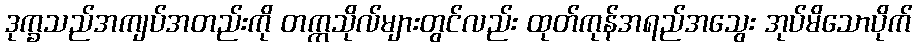
ဒုက္ခသည်အကျပ်အတည်းကို တက္ကသိုလ်များတွင်လည်း ထုတ်ကုန်အရည်အသွေး အုပ်မိသောပိုက်